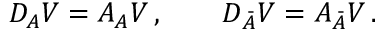
{ \cal D } _ { A } { \cal V } = { \cal A } _ { A } { \cal V } \, , \qquad { \cal D } _ { \bar { A } } { \cal V } = { \cal A } _ { \bar { A } } { \cal V } \, .